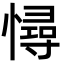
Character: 憳